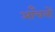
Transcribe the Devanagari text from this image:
आँचलों